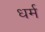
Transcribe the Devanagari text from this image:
ध्‍ार्म